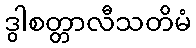
ဒွါစတ္တာလီသတိမံ